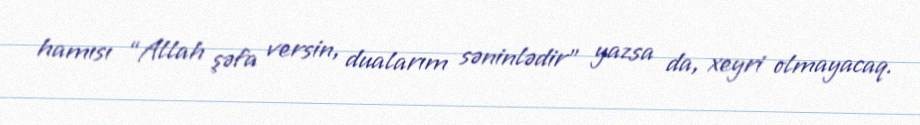
hamısı “Allah şəfa versin, dualarım səninlədir” yazsa da, xeyri olmayacaq.